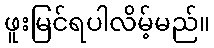
ဖူးမြင်ရပါလိမ့်မည်။